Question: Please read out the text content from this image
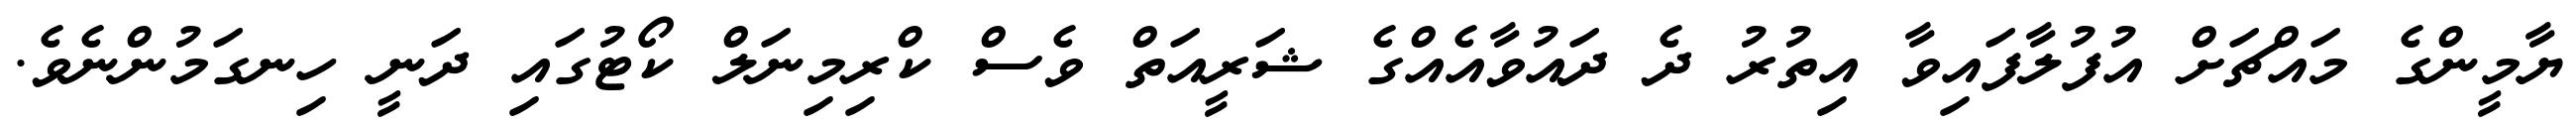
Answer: ޔާމީންގެ މައްޗަށް އުފުލާފައިވާ އިތުރު ދެ ދައުވާއެއްގެ ޝަރީއަތް ވެސް ކްރިމިނަލް ކޯޓުގައި ދަނީ ހިނގަމުންނެވެ.